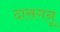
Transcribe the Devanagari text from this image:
दासगनू